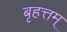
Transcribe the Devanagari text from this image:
बृहत्तम्